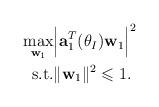
LaTeX: \begin{align*}\begin{aligned}\max_{\mathbf{w}_1} & \Bigl|\textbf{a}_1^T(\theta_I) \mathbf{w}_1\Bigl|^2 \\\textrm{s.t.} & \|\mathbf{w}_1\|^2\leqslant 1.\end{aligned}\end{align*}